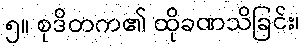
၅။ စုဒိတက၏ ထိုခဏသိခြင်း၊